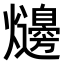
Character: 𤓋